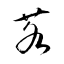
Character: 茖